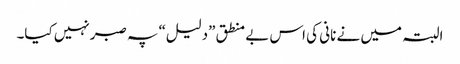
البتہ میں نے نانی کی اس بے منطق ”دلیل“ پہ صبرنہیں کیا۔